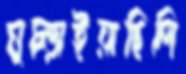
মুচ্‌ড়াইয়াছিলি